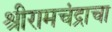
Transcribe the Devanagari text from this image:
श्रीरामचंद्राचा